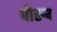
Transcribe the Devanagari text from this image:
पौरूष